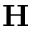
\mathbf { H }